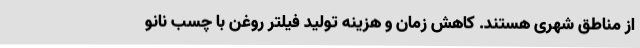
از مناطق شهری هستند. کاهش زمان و هزینه تولید فیلتر روغن با چسب نانو